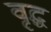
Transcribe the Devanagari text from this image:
वृद्घ